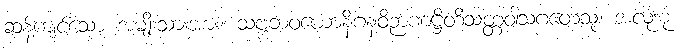
ဆန့်ကျင်သော အမျိုးသားအား။ သဗ္ဗဘဝယောနိဂနဝိဉာဏဋ္ဌိတိသတ္တဝါသဂတေသု၊ အလုံးစုံ